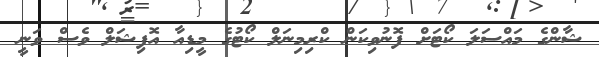
ޝާންގެ މައްސަލަ ކޯޓަށް ފޮނުވިކަން ކްރިމިނަލް ކޯޓުގެ މީޑިއާ އޮފިޝަލް ވެސް ވަނީ